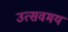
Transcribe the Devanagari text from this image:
उत्सवमय